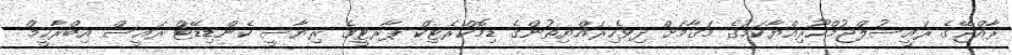
ރާއްޖޭގެ ރައީސުލްޖުމްހޫރިއްޔާކަމުގެ މަޤާމަށް ދިވެހިރައްޔިތުންގެ ޑިމޮކްރެޓިކް ޕާރޓީގެ ރިޔާސީ ކެންޑިޑޭޓް ރައީސް އިބްރާހީމް